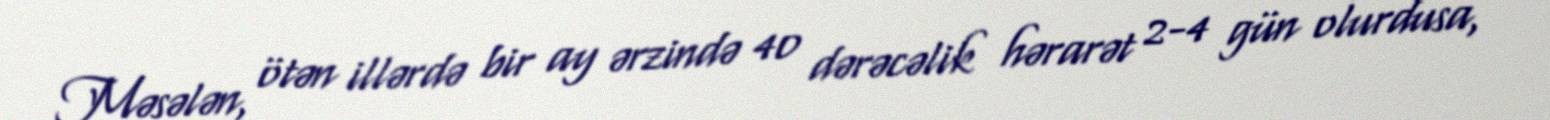
Məsələn, ötən illərdə bir ay ərzində 40 dərəcəlik hərarət 2-4 gün olurdusa,